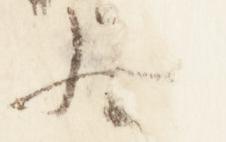
歟